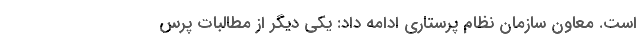
است. معاون سازمان نظام پرستاری ادامه داد: یکی دیگر از مطالبات پرس